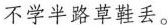
不学半路草鞋丢。